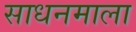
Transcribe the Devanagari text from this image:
साधनमाला